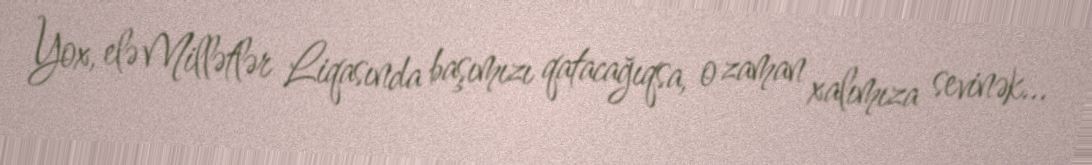
Yox, elə Millətlər Liqasında başımızı qatacağıqsa, o zaman xalımıza sevinək...